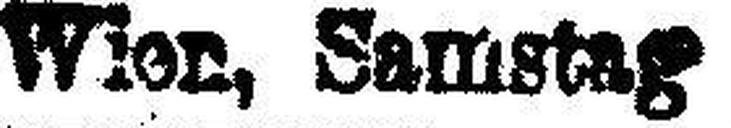
Wien, Samstag